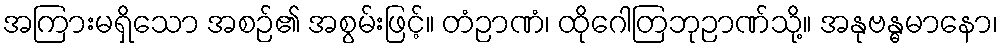
အကြားမရှိသော အစဉ်၏ အစွမ်းဖြင့်။ တံဉာဏံ၊ ထိုဂေါတြဘုဉာဏ်သို့။ အနုဗန္ဓမာနော၊